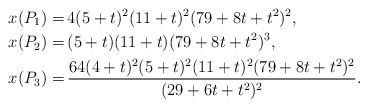
\begin{align*}x(P_1)=& \, 4 (5 + t)^2 (11 + t)^2 (79 + 8 t + t^2)^2,\\x(P_2)=& \, (5 + t) (11 + t) (79 + 8 t + t^2)^3,\\x(P_3)=& \, \frac{64 (4 + t)^2 (5 + t)^2 (11 + t)^2 (79 + 8 t + t^2)^2}{(29 + 6 t + t^2)^2}.\end{align*}